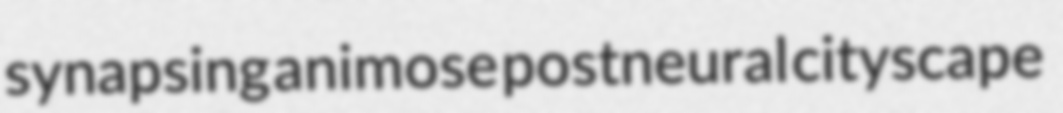
synapsing animose postneural cityscape